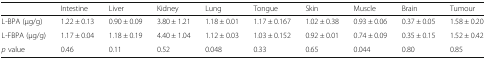
<table><thead><tr><td></td><td><b>Intestine</b></td><td><b>Liver</b></td><td><b>Kidney</b></td><td><b>Lung</b></td><td><b>Tongue</b></td><td><b>Skin</b></td><td><b>Muscle</b></td><td><b>Brain</b></td><td><b>Tumour</b></td></tr></thead><tbody><tr><td>L-BPA (μg/g)</td><td>1.22 ± 0.13</td><td>0.90 ± 0.09</td><td>3.80 ± 1.21</td><td>1.18 ± 0.01</td><td>1.17 ± 0.167</td><td>1.02 ± 0.38</td><td>0.93 ± 0.06</td><td>0.37 ± 0.05</td><td>1.58 ± 0.20</td></tr><tr><td>L-FBPA (μg/g)</td><td>1.17 ± 0.04</td><td>1.18 ± 0.19</td><td>4.40 ± 1.04</td><td>1.12 ± 0.03</td><td>1.03 ± 0.152</td><td>0.92 ± 0.01</td><td>0.74 ± 0.09</td><td>0.35 ± 0.15</td><td>1.52 ± 0.42</td></tr><tr><td><i>p</i> value</td><td>0.46</td><td>0.11</td><td>0.52</td><td>0.048</td><td>0.33</td><td>0.65</td><td>0.044</td><td>0.80</td><td>0.85</td></tr></tbody></table>